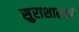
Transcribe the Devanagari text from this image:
सुराशालाएँ